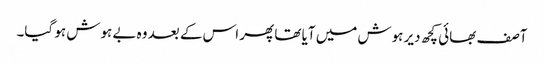
آصف بھائی کچھ دیر ہوش میں آیا تھا پھر اس کے بعد وہ بے ہوش ہو گیا۔